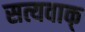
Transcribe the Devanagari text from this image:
सत्यवाक्‌